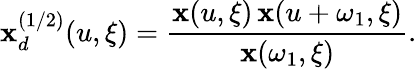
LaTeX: \mathbf{x}_{d}^{(1/2)}(u,\xi)={\frac{{\mathbf{x}(u,\xi)\, \mathbf{x}(u+\omega_{1},\xi)}}{{\mathbf{x}(\omega_{1},\xi)}}}.